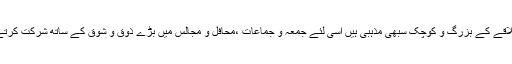
اس علاقے کے بزرگ و کوچک سبھی مذہبی ہیں اسی لئے جمعہ و جماعات ،محافل و مجالس میں بڑے ذوق و شوق کے ساتھ شرکت کرتے ہیں۔